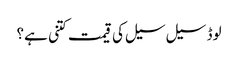
لوڈ سیل سیل کی قیمت کتنی ہے؟